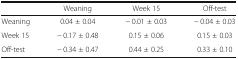
|  | Weaning | Week 15 | Off-test |
 | --- | --- | --- | --- |
 | Weaning | 0.04 ± 0.04 | − 0.01 ± 0.03 | − 0.04 ± 0.03 |
 | Week 15 | − 0.17 ± 0.48 | 0.15 ± 0.06 | 0.15 ± 0.03 |
 | Off-test | − 0.34 ± 0.47 | 0.44 ± 0.25 | 0.33 ± 0.10 |